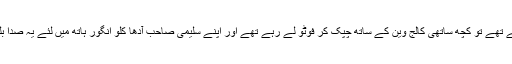
جب ہم انار کے مزے لے رہے تھے تو کچھ ساتھی کالج وین کے ساتھ چپک کر فوٹو لے رہے تھے اور اپنے سلیمی صاحب آدھا کلو انگور ہاتھ میں لئے یہ صدا بلند کررہے تھے کہ ” سر جی!